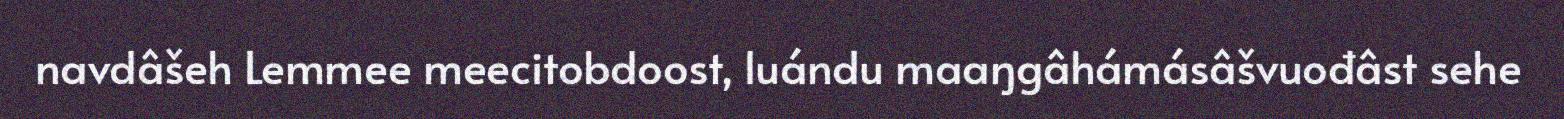
navdâšeh Lemmee meecitobdoost, luándu maaŋgâhámásâšvuođâst sehe